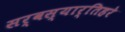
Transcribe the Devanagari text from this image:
सर्वस्यार्तिहरे